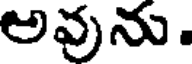
అవును.